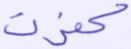
كفرت